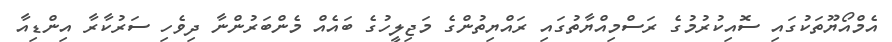
އެމްްއޯޔޫތަކުގައި ސޮއިކުރުމުގެ ރަސްމިއްޔާތުގައި ރައްޔިތުންގެ މަޖިލީހުގެ ބައެއް މެންބަރުންނާ ދިވެހި ސަރުކާރާ އިންޑިއާ